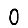
Digit: 0